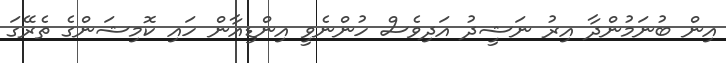
އިން ބުނަމުންދާ އިރު ނަޝީދު އަދިވެސް ހުންނެވީ އިންޑިއާން ހައި ކޮމިޝަންގެ ތެރޭގަ